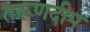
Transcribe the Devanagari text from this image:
तरूणदीप